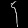
Digit: ၄